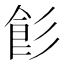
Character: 𩚎